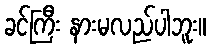
ခင်ကြီး နားမလည်ပါဘူး။